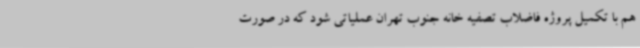
هم با تکمیل پروژه فاضلاب تصفیه خانه جنوب تهران عملیاتی شود که در صورت